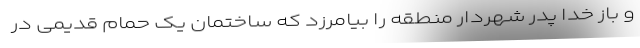
و باز خدا پدر شهردار منطقه را بیامرزد که ساختمان یک حمام قدیمی در